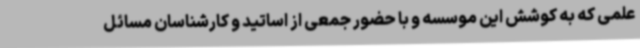
علمی که به کوشش این موسسه و با حضور جمعی از اساتید و کارشناسان مسائل